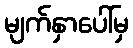
မျက်နှာပေါ်မှ